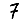
Digit: 7